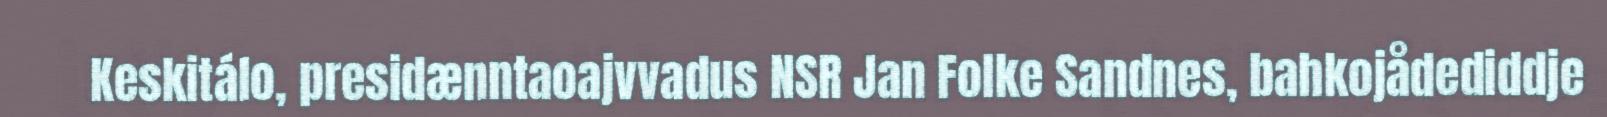
Keskitálo, presidænntaoajvvadus NSR Jan Folke Sandnes, bahkojådediddje